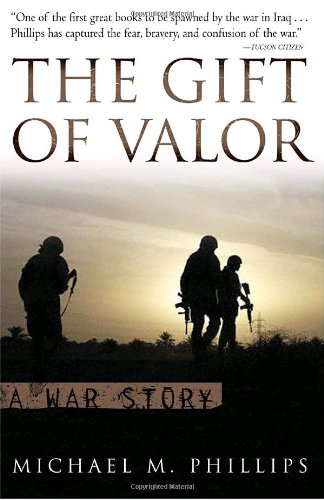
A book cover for The Gift of Valor: A War Story; Michael M. Phillips; Biographies & Memoirs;